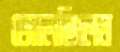
জেলেছিলেম